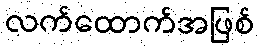
လက်ထောက်အဖြစ်